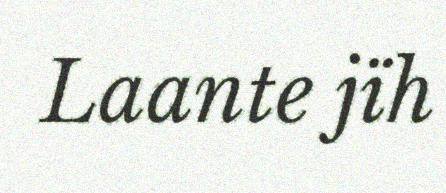
Laante jïh